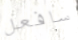
سافعل